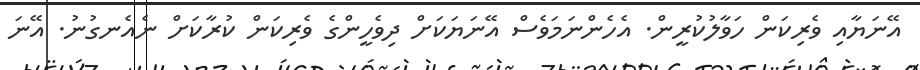
އޭނަޔާއި ވެރިކަން ހަވާލުކުރީން. އެހެންނަމަވެސް އޭނަޔަކަށް ދިވެހީންގެ ވެރިކަން ކުރާކަށް ނެއެނގުނު. އޭނަ